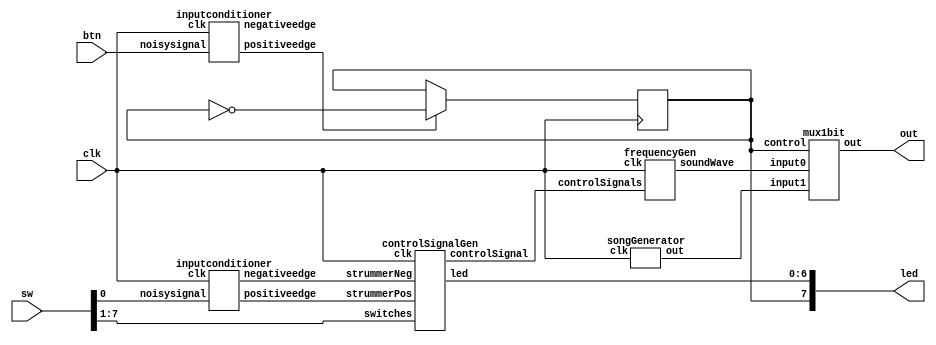
module topLevel(clk, sw, btn, out, led);

input[7:0] sw;
input btn;
wire[2:0] controlSignal;
wire songOut, freqOut;
wire btnPos, btnNeg;
reg songSelect = 0;

wire strummerPos, strummerNeg;
input clk;

output out;
output[7:0] led;

inputconditioner btnCond(clk, btn, btnPos, btnNeg);

always @(posedge clk) begin
	if (btnPos) begin
		songSelect = ~songSelect;
	end
end

inputconditioner conditioner(clk, sw[0], strummerPos, strummerNeg);
controlSignalGen control(clk, sw[7:1], strummerPos, strummerNeg, controlSignal, led[6:0]);
songGenerator songGen(clk, songOut);
frequencyGen frequency(clk, controlSignal, freqOut);
mux1bit mux(freqOut, songOut, songSelect, out);

assign led[7] = songSelect;

endmodule

module songGenerator(clk, out);
input clk;
output out;

reg[10:0] state = 0;

parameter clkSpeed = 50000000;
reg[3:0] noteTime = 1; // length of note second
reg[31:0] clkDivider;
reg[31:0] counter = 0;
reg loopCounter = 0;
reg[1:0] nextCounter = 0;

parameter eflat4Freq = 310;
parameter dflat4Freq = 276;
parameter dflat5Freq = 554;
parameter aflat4Freq = 414;
parameter gflat4Freq = 370;
parameter gflat5Freq = 740;
parameter f5Freq = 698;

always @(posedge clk) begin
	if (counter == 0) begin
		case(state)
			0: begin
				noteTime = 1;
				clkDivider = clkSpeed/dflat4Freq/2;
				state <= 1;
			end
			1: begin
				noteTime = 1;
				clkDivider = clkSpeed/dflat5Freq/2;
				state <= 2;
			end
			2: begin
				noteTime = 1;
				clkDivider = clkSpeed/aflat4Freq/2;
				state <= 3;
			end
			3: begin
				noteTime = 1;
				clkDivider = clkSpeed/gflat4Freq/2;
				state <= 4;
			end
			4: begin
				noteTime = 1;
				clkDivider = clkSpeed/gflat5Freq/2;
				state <= 5;
			end
			5: begin
				noteTime = 1;
				clkDivider = clkSpeed/aflat4Freq/2;
				state <= 6;
			end
			6: begin
				noteTime = 1;
				clkDivider = clkSpeed/f5Freq/2;
				state <= 7;
			end
			7: begin
				noteTime = 1;
				clkDivider = clkSpeed/aflat4Freq/2;
				if (loopCounter == 1) begin
					if (nextCounter == 0) begin
						state <= 8;
						nextCounter <= 1;
					end 
					if (nextCounter == 1) begin
						state <= 9;
						nextCounter <= 2;
					end 
					if (nextCounter == 2) begin
						state <= 10;
						nextCounter <= 3;
					end 
					if (nextCounter == 3) begin
						state <= 0;
						nextCounter <= 4;
					end 
					loopCounter = 0;
				end else begin
					if (nextCounter == 0) begin
						state <= 0;
					end 
					if (nextCounter == 1) begin
						state <= 8;
					end 
					if (nextCounter == 2) begin
						state <= 9;
					end 
					if (nextCounter == 3) begin
						state <= 10;
					end 
					loopCounter = 1;
				end
			end
			8: begin
				noteTime = 1;
				clkDivider = clkSpeed/eflat4Freq/2;
				state <= 1;
			end
			9: begin
				noteTime = 1;
				clkDivider = clkSpeed/gflat4Freq/2;
				state <= 1;
			end
			10: begin
				noteTime = 1;
				clkDivider = clkSpeed/dflat4Freq/2;
				state <= 1;
			end
		endcase
		counter <= clkSpeed*noteTime/4;
	end else begin
		counter <= counter-1;
	end
end

songFreqGen freqGen(clk, clkDivider, out);

endmodule

module songFreqGen(clk, clkDivider, out);
input clk;
input[31:0] clkDivider;
output reg out = 0;
reg[31:0] counter;

always @(posedge clk) begin
	if (counter == 0) begin
		counter <= clkDivider;
		out = ~out;
	end else begin
		counter <= counter-1;
	end
end

endmodule

module controlSignalGen(clk, switches, strummerPos, strummerNeg, controlSignal, led);

input[6:0] switches;
input strummerPos, strummerNeg, clk;
output reg[2:0] controlSignal = 0;
output reg[6:0] led = 0;

wire strummerEdge;

or orgate(strummerEdge, strummerPos, strummerNeg);

always @(posedge clk) begin
	if (strummerEdge) begin
		controlSignal = 7;
		led = {switches};
		case(switches)
			7'b1000000: begin
				controlSignal = 6;
			end
			7'b0100000: begin
				controlSignal = 5;
			end
			7'b0010000: begin
				controlSignal = 4;
			end
			7'b0001000: begin
				controlSignal = 3;
			end
			7'b0000100: begin
				controlSignal = 2;
			end
			7'b0000010: begin
				controlSignal = 1;
			end
			7'b0000001: begin
				controlSignal = 0;
			end
		endcase
	end
end
endmodule

module frequencyGen(clk, controlSignals, soundWave);

input clk;
input[2:0] controlSignals;
output reg soundWave = 0;

reg[16:0] clkDivider;
reg[19:0] counter = 1;

parameter A = 3'd0;
parameter B = 3'd1;
parameter C = 3'd2;
parameter D = 3'd3;
parameter E = 3'd4;
parameter F = 3'd5;
parameter G = 3'd6;
parameter none = 3'd7;

parameter clkSpeed = 50; //megahertz
parameter aFreq = 220;
parameter bFreq = 247;
parameter cFreq = 261;
parameter dFreq = 294;
parameter eFreq = 330;
parameter fFreq = 349;
parameter gFreq = 392;

always @(posedge clk) begin
	if (counter == 0) begin
		counter <= clkDivider;
		soundWave = ~soundWave;
	end else begin
		counter <= counter-1;
	end
	case(controlSignals)
		A: begin
			clkDivider = clkSpeed*1000000/aFreq/2;
		end
		B: begin
			clkDivider = clkSpeed*1000000/bFreq/2;
		end
		C: begin
			clkDivider = clkSpeed*1000000/cFreq/2;
		end
		D: begin
			clkDivider = clkSpeed*1000000/dFreq/2;
		end
		E: begin
			clkDivider = clkSpeed*1000000/eFreq/2;
		end
		F: begin
			clkDivider = clkSpeed*1000000/fFreq/2;
		end
		G: begin
			clkDivider = clkSpeed*1000000/gFreq/2;
		end
		none: begin
			clkDivider = 2; // generates a 25000000Hz freq, which we can't here
		end
	endcase
end
endmodule

module inputconditioner(clk, noisysignal, positiveedge, negativeedge);
reg conditioned = 0;
output reg positiveedge = 0;
output reg negativeedge = 0;
input clk, noisysignal;

parameter counterwidth = 7;
parameter waittime = 100;

reg[counterwidth-1:0] counter =0;
reg synchronizer0 = 0;
reg synchronizer1 = 0;

always @(posedge clk ) begin
    negativeedge = 0;
    positiveedge = 0;
    if(conditioned == synchronizer1)
        counter <= 0;
    else begin
        if( counter == waittime) begin
            counter <= 0;
            conditioned <= synchronizer1;
	    if (conditioned == 1)
		negativeedge = 1;
	    else if (conditioned == 0)
		positiveedge = 1;
        end
        else 
            counter <= counter+1;
    end
    synchronizer1 = synchronizer0;
    synchronizer0 = noisysignal;
end
endmodule

module mux1bit(input0, input1, control, out);

input input0, input1;
input control;
output out;

wire mux_input[1:0]; // Creates a 2d Array of wires

assign mux_input[0] = input0; // Connects the sources of the array
assign mux_input[1] = input1;
assign out = mux_input[control]; // Connects the output of the array

endmodule